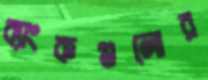
ব্যাংকগুলোর